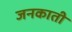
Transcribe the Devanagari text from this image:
जनकाती